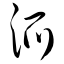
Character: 派